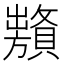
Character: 𧸞